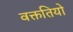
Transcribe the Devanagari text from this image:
वक्ततियो